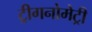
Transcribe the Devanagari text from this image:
ट्रीगनोमेट्री